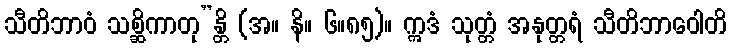
သီတိဘာဝံ သစ္ဆိကာတု”န္တိ (အ။ နိ။ ၆။၈၅)။ ဣဒံ သုတ္တံ အနုတ္တရံ သီတိဘာဝေါတိ